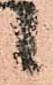
候